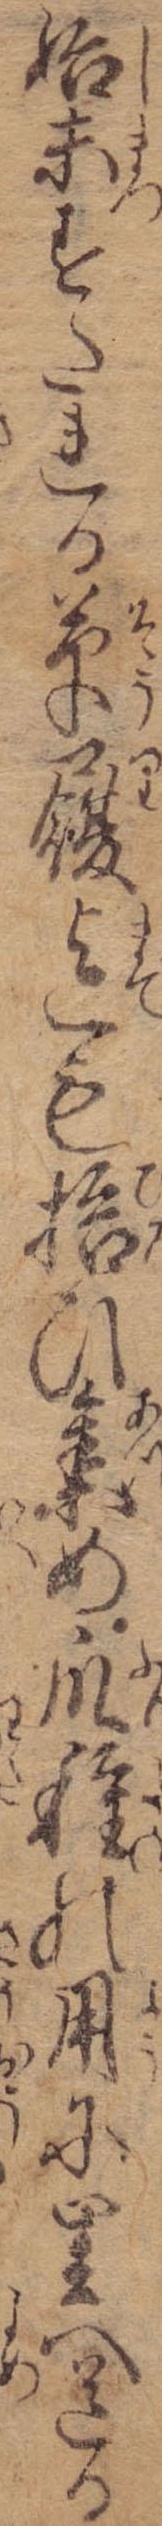
始末すたれる草履迄も拾ひ集め瓜種の用に里へ送る